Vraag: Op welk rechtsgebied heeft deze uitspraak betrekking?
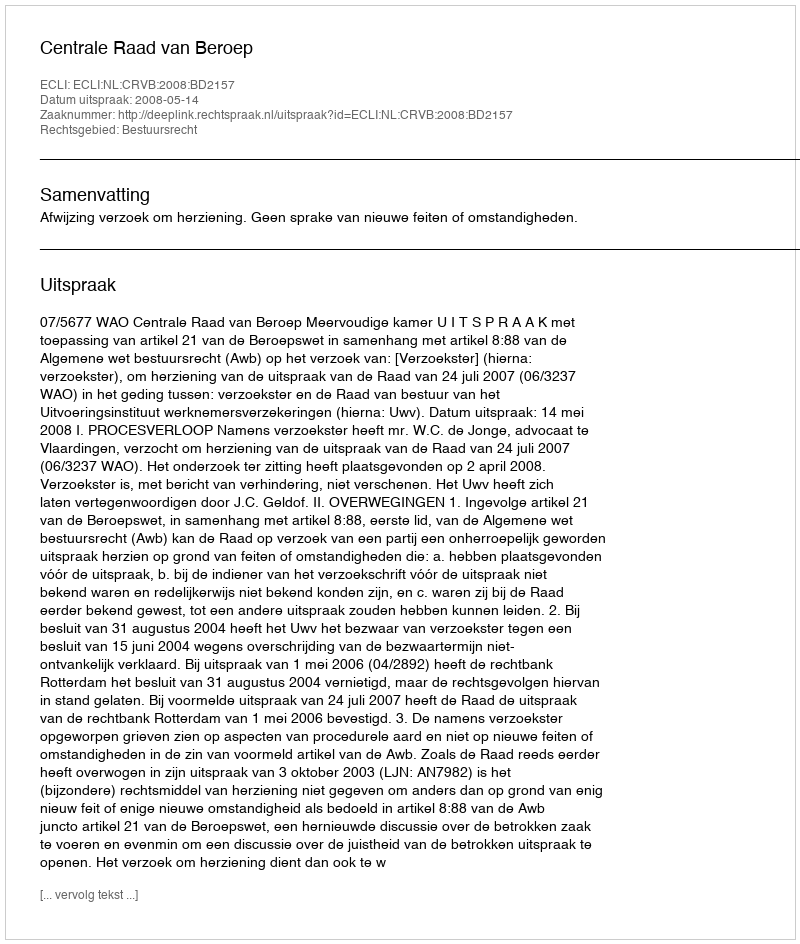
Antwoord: Bestuursrecht